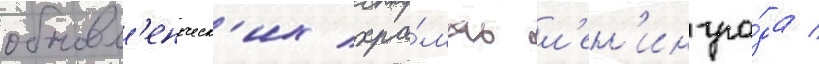
обновл'енческ'их хра́мах л'ен'ингра́да /